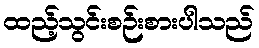
ထည့်သွင်းစဉ်းစားပါသည်